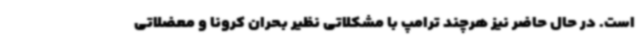
است. در حال حاضر نیز هرچند ترامپ با مشکلاتی نظیر بحران کرونا و معضلاتی